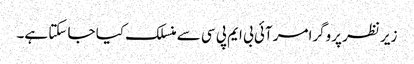
زیر نظر پروگرامر آئی بی ایم پی سی سے منسلک کیا جا سکتا ہے۔